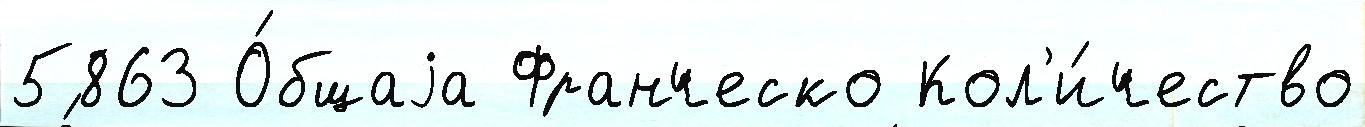
5863 О́бщаjа Франческо Кол'и́чество